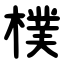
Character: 樸